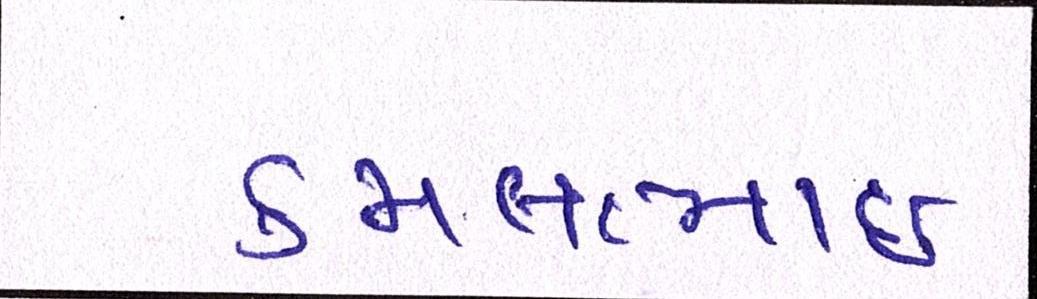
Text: કમલભાઇ